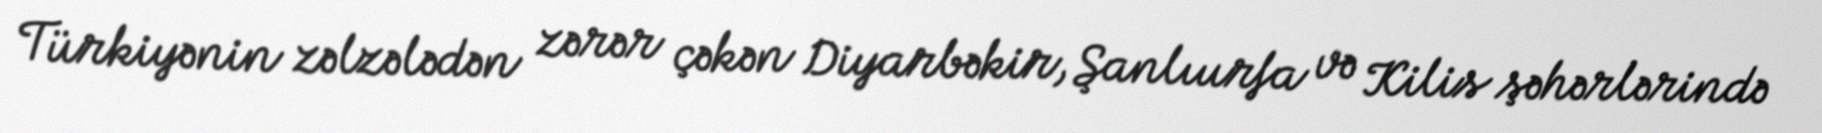
Türkiyənin zəlzələdən zərər çəkən Diyarbəkir, Şanlıurfa və Kilis şəhərlərində